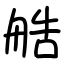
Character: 艁